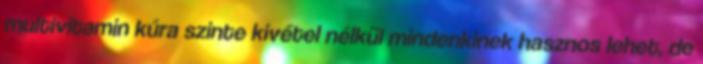
multivitamin kúra szinte kivétel nélkül mindenkinek hasznos lehet, de